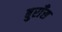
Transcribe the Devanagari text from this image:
बुराँस